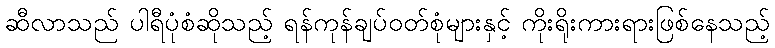
ဆီလာသည် ပါရီပုံစံဆိုသည့် ရန်ကုန်ချပ်ဝတ်စုံများနှင့် ကိုးရိုးကားရားဖြစ်နေသည့်